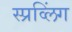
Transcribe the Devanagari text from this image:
स्प्रव्लिंग